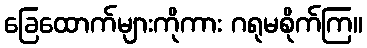
ခြေထောက်များကိုကား ဂရုမစိုက်ကြ။